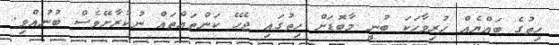
ހިތުގެ ބައްޔެއް ހުރިވާހަކަ ބުނީ މާބޮޑަށް ހިތުގައި ޖެހޭ ކަންތައްތައް ނުކުރާށޭވެސް ބުނުއްވި.